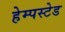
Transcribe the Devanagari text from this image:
हेम्पस्टेड